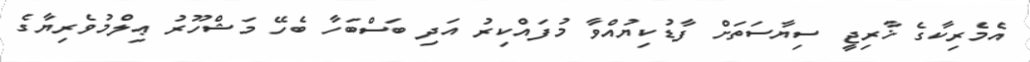
އެމެރިކާގެ ޚާރިޖީ ސިޔާސަތަށް ފާޑުކިޔުއްވާ މުފައްކިރު އަދި ބަސްބަހާ ބެހޭ މަޝްހޫރު ޢިލްމުވެރިޔާގެ